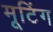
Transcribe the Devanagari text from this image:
मूटिंग